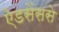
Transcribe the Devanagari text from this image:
ऐडसेंससे